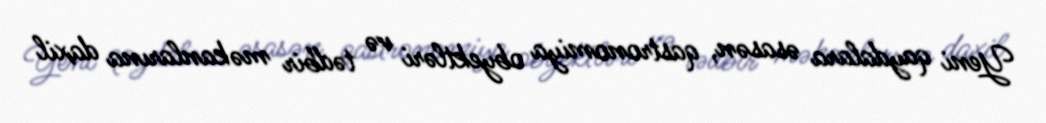
Yeni qaydalara əsasən, qastronomiya obyektləri və tədbir məkanlarına daxil